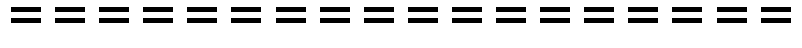
==================